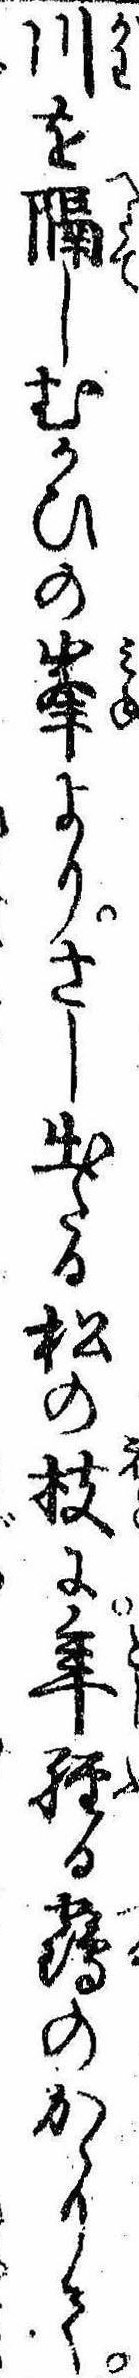
川を隔しむかひの峰よりさし出たる松の枝に年経る鶴のかゝりて